system: You are a helpful assistant.
user:
Analyze the provided spectrum to determine if it is a **Carbon Star (C-type)**.

- **Key Visual Indicators of Carbon Star:**
    - **(Primary):** Strong molecular absorption from **C₂ (diatomic carbon) "Swan Bands."** This is the **defining feature** of a carbon star.
        - **(Key Bandheads):** Sharp absorption edges are visible at approximately $5635$ Å, $5165$ Å (the strongest band), and $4737$ Å.
        - **(Line Profile):** Creates a distinct **"saw-tooth"** pattern. The key morphology is a sharp, steep bandhead on the **red (long-wavelength) side**, which then gradually tapers off (i.e., flux recovers) towards the **blue (short-wavelength) side**. *(This is the direct opposite of the TiO bands seen in M-type stars)*.

    - **(Secondary):** Intense **CN (cyanogen)** molecular absorption bands.
        - **(Key Bandheads):** Located in the blue and violet regions of the spectrum (e.g., near $4215$ Å and $3883$ Å).
        - **(Morphology):** These bands are extremely broad and act as a "blanket," absorbing the vast majority of blue and violet light. This creates a characteristic **"cliff"** or **"steep drop-off"** in the spectrum's flux at short wavelengths.

    - **(Key Confirmation):** Strong **CH absorption band (G-band)**.
        - **(Key Bandhead):** Located around $4300$ Å. The contribution from CH molecules to this band is exceptionally strong.

    - **(Overall Spectrum):**
        - The continuum is severely "chopped up" by these deep molecular bands, especially C₂, rather than appearing as a smooth curve.
        - Due to the heavy CN and C₂ absorption in the blue-green, the vast majority of the star's flux is concentrated in the red part of the spectrum, giving the star its characteristic deep red color.

Think first, call **spectral_visualization_tool** if needed to examine features in detail, then provide your final answer. Your response must adhere to the following strict rules:
1.  **Overall Structure:** Your response must follow the format `<think>...</think> <tool_call>...</tool_call> (if a tool is used) <answer>...</answer>`.
2.  **Tool Usage Constraint:** You may only make **one** tool call per turn.
3.  **Final Answer Format:** In the `<answer>` tag, your conclusion must be inside a `\boxed{}` command (e.g., `\boxed{YES}`), followed by your justification.

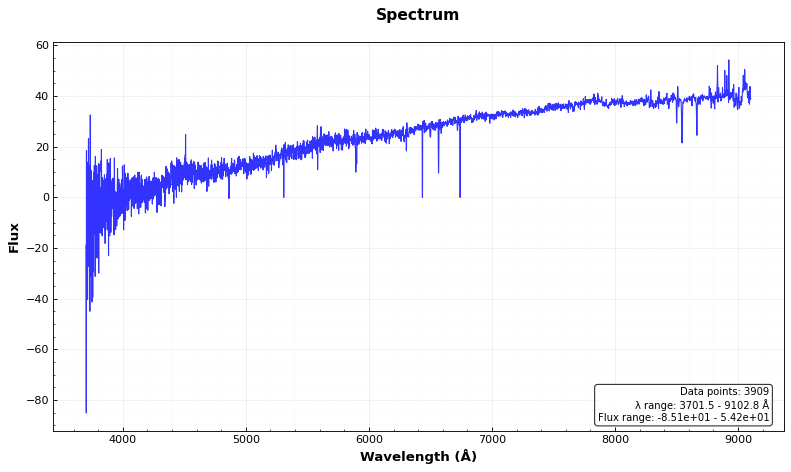
Answer: NO